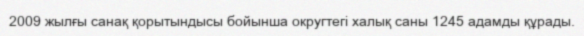
2009 жылғы санақ қорытындысы бойынша округтегі халық саны 1245 адамды құрады.